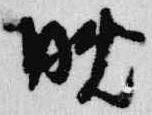
晩